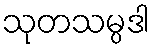
သုတသမ္ပဒါ